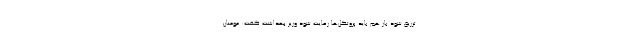
تزریق شود باز هم باید پروتکل‌ها رعایت شود وزیر بهداشت گفت: مومنان